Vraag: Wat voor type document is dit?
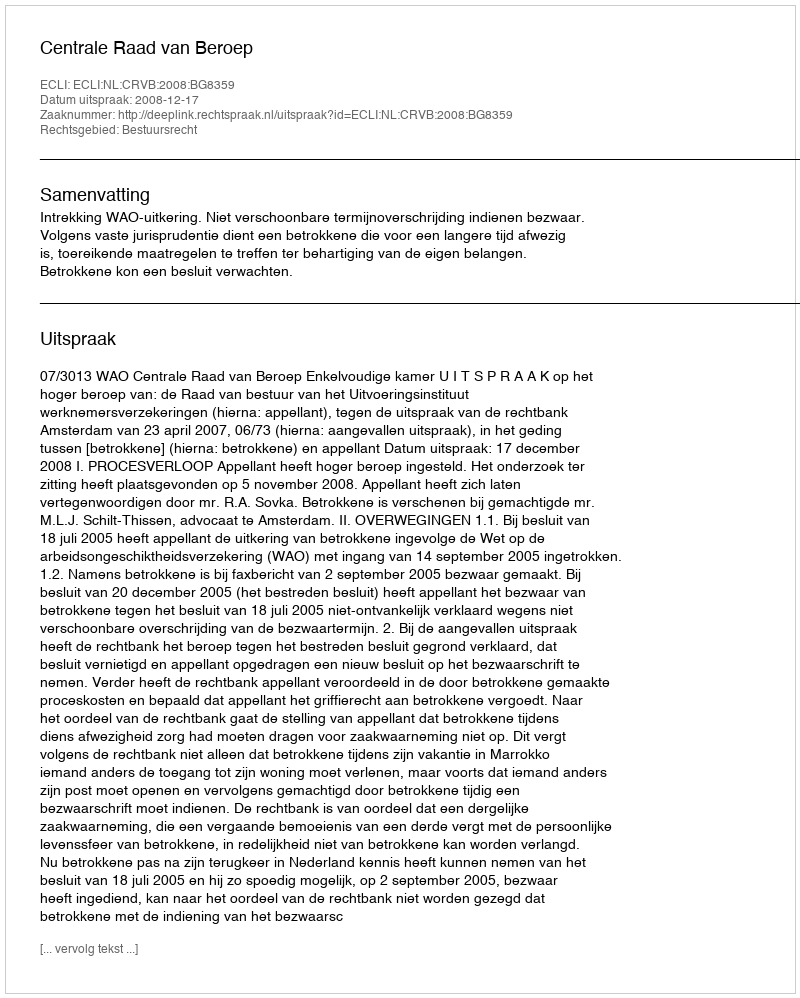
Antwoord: Uitspraak